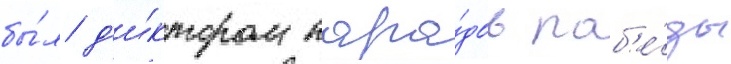
бы́л д'и́ктором пара́дов поб'е́ды